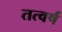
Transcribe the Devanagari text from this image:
तत्वर्ष